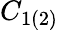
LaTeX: C_{1(2)}